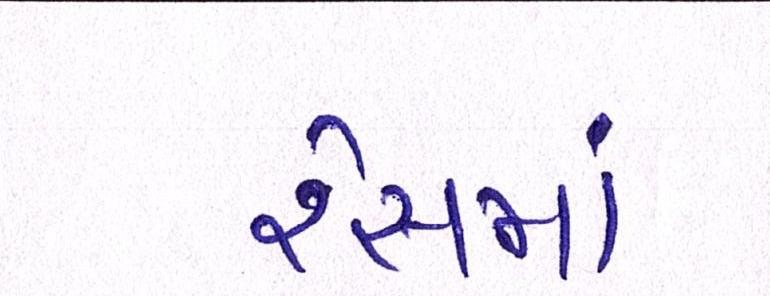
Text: રેસમાં